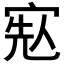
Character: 𡨷